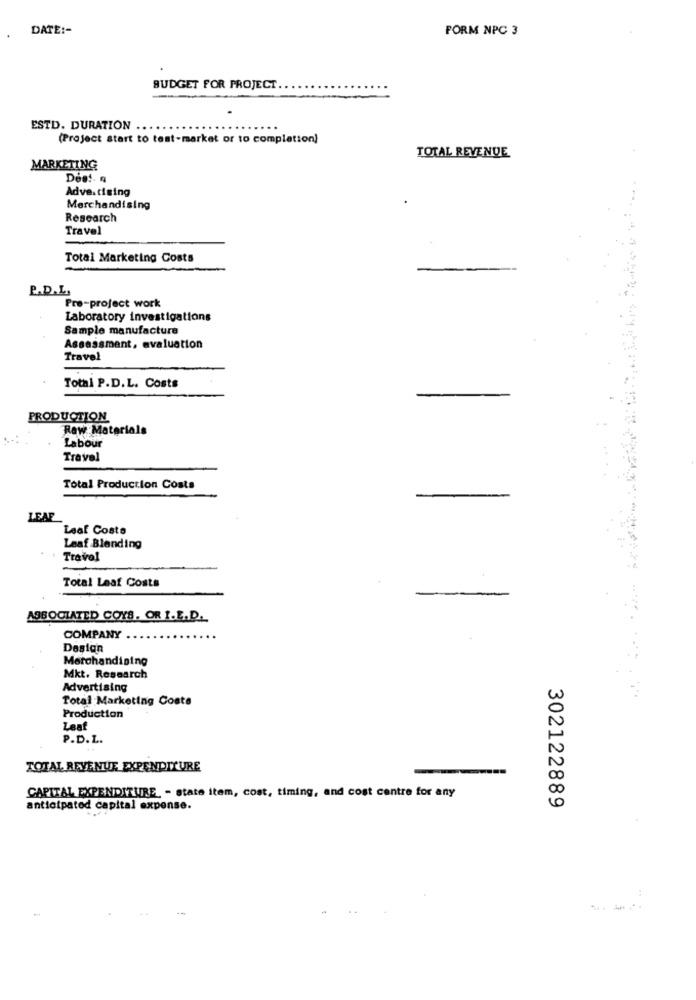
DATE :-
FORM NPC 3
BUDGET FOR PROJECT.
ESTD. DURATION ...
(Project start to test-market or to completion)
TOTAL REVENUE
MARKETING
Advertising
Merchandising
Research
Travel
Total Marketing Costs
P.D.L.
Pre-project work
Laboratory investigations
Sample manufacture
Assassmant, evaluation
Travel
Total P.D.L. Costs
-
PRODUCTION
Raw Materials
Labour
Travel
Total Production Costs
LEAF
Leaf Costs
Laaf Blending
Travel
Total Leaf Costs
ASSOCIATED COYS. OR I.E.D.
COMPANY
Design
Merchandising
Mkt. Research
Advertising
Total Marketing Coste
Production
Leaf
P.D.L.
TOTAL REVENUE EXPENDITURE
-===
CAPITAL EXPENDITURE. - state item, cost, timing, and cost centre for any
anticipated capital expense.
302122889